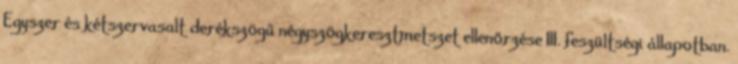
Egyszer és kétszervasalt derékszögű négyszögkeresztmetszet ellenőrzése III. feszültségi állapotban.